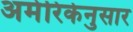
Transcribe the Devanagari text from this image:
अमेरिकेनुसार